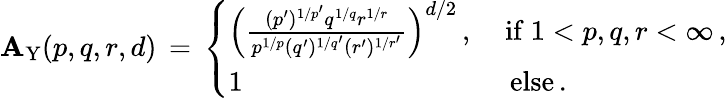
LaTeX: \mathbf{A}_{\mathrm{{Y}}}(p,q,r,d)\, =\, \left\{ \begin{array}{ll}{\Big(\frac{(p^{\prime})^{1/p^{\prime}}q^{1/q}r^{1/r}}{p^{1/p}(q^{\prime})^{1/q^{\prime}}(r^{\prime})^{1/r^{\prime}}}\Big)^{d/2}\, ,}&{\mathrm{\ if\ }1<p,q,r<\infty\, ,}\\ {1}&{\, \mathrm{\ else}\, .}\end{array}\right.